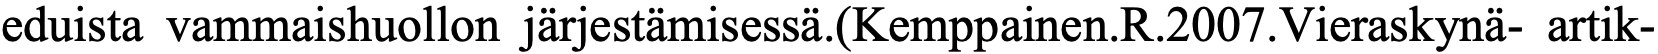
eduista vammaishuollon järjestämisessä.(Kemppainen.R.2007.Vieraskynä- artik-